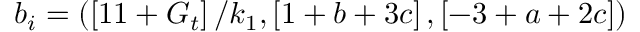
b _ { i } = \left( \left[ 1 1 + G _ { t } \right] / k _ { 1 } , \left[ 1 + b + 3 c \right] , \left[ - 3 + a + 2 c \right] \right)